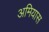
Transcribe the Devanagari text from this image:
अमियास